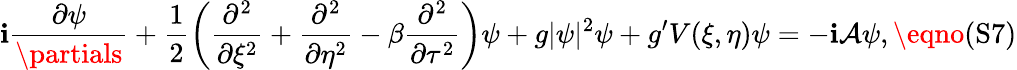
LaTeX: \mathbf{i}\frac{{\partial\psi}}{{\partials}}+\frac{{1}}{{2}}\left(\frac{{\partial^{2}}}{{\partial\xi^{2}}}+\frac{{\partial^{2}}}{{\partial\eta^{2}}}-\beta\frac{{\partial^{2}}}{{\partial\tau^{2}}}\right)\psi+g|\psi|^{2}\psi+g^{\prime}V(\xi,\eta)\psi=-\mathbf{i}\mathcal{{A}}\psi,\eqno{(\textrm{{S7}})}